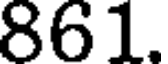
861.